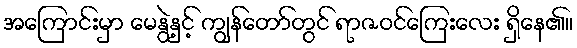
အကြောင်းမှာ မေနွဲ့နှင့် ကျွန်တော်တွင် ရာဇဝင်ကြေးလေး ရှိနေ၏။